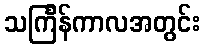
သင်္ကြန်ကာလအတွင်း